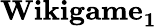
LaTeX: \mathbf{Wikigame_{1}}